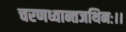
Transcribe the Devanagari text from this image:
चरणध्वान्तजथिनः।।